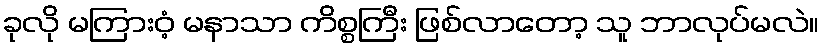
ခုလို မကြားဝံ့ မနာသာ ကိစ္စကြီး ဖြစ်လာတော့ သူ ဘာလုပ်မလဲ။